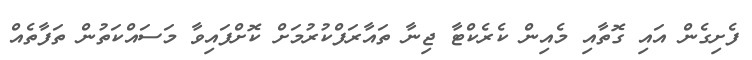
ފެށިގެން އައި ގޮތާއި މެއިން ކެރެކްޓާ ޖިނާ ތައާރަފްކުރުމަށް ކޮށްފައިވާ މަސައްކަތުން ތަފާތެއް